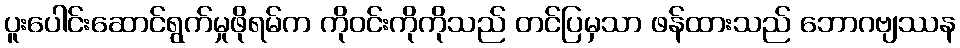
ပူးပေါင်းဆောင်ရွက်မှုဖိုရမ်က ကိုဝင်းကိုကိုသည် တင်ပြမှသာ ဖန်ထားသည် ဘောဂဗျဿန